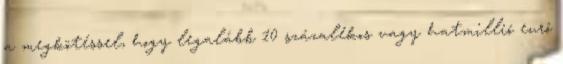
a megkötéssel, hogy legalább 10 százalékos vagy hatmillió euró